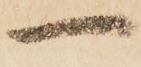
一